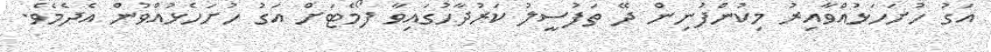
އަގު ހުށަހަޅުއްވާއިރު މިކުންފުނިން ދޭ ތަފުސީލު ކަރުދާހުގައިވާ ފޯމެޓަށް އަގު ހުށަހެޅުއްވުން އެދެމެވެ.